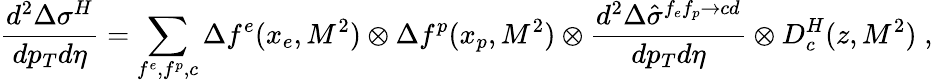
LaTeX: \frac{d^{2}\Delta\sigma^{H}}{dp_{T}d\eta}=\sum_{f^{e},f^{p},c}\Delta f^{e}(x_{e},M^{2})\otimes\Delta f^{p}(x_{p},M^{2})\otimes\frac{d^{2}\Delta\hat{\sigma}^{f_{e}f_{p}\rightarrow cd}}{dp_{T}d\eta}\otimes D_{c}^{H}(z,M^{2})\; ,